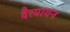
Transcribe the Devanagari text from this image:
दैत्यायन